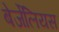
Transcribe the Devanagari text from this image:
बेर्जेलियस